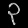
Digit: ၃